Annual administration and progress report of the Indian Medical Department, Bombay
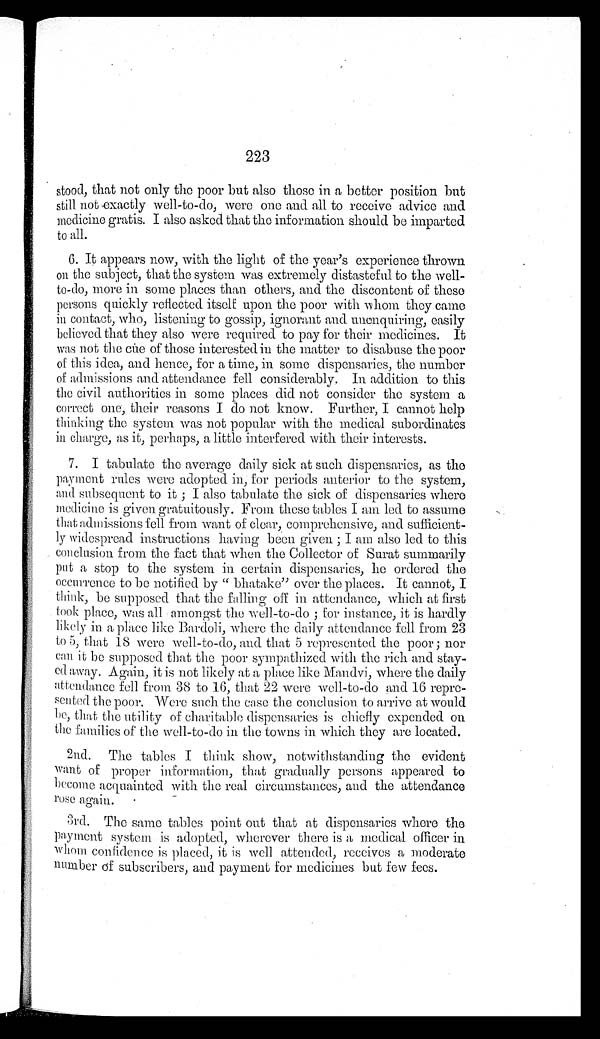
223
stood, that not only the poor but also those in a better position but
still not exactly well-to-do, were one and all to receive advice and
medicine gratis. I also asked that the information should be imparted
to all.
6. It appears now, with the light of the year's experience thrown
on the subject, that the system was extremely distasteful to the well-
to-do, more in some places than others, and the discontent of these
persons quickly reflected itself upon the poor with whom they came
in contact, who, listening to gossip, ignorant and unenquiring, easily
believed that they also were required to pay for their medicines. It
was not the cue of those interested in the matter to disabuse the poor
of this idea, and hence, for a time, in some dispensaries, the number
of admissions and attendance fell considerably. In addition to this
the civil authorities in some places did not consider the system a
correct one, their reasons I do not know. Further, I cannot help
thinking the system was not popular with the medical subordinates
in charge, as it, perhaps, a little interfered with their interests.
7. I tabulate the average daily sick at such dispensaries, as the
payment rules were adopted in, for periods anterior to the system,
and subsequent to it; I also tabulate the sick of dispensaries where
medicine is given gratuitously. From these tables I am led to assume
that admissions fell from want of clear, comprehensive, and sufficient
-
ly widespread instructions having been given; I am also led to this
conclusion from the fact that when the Collector of Surat summarily
put a stop to the system in certain dispensaries, he ordered the
occurrence to be notified by "bhatake" over the places. It cannot, I
think, be supposed that the falling off in attendance, which at first
took place, was all amongst the well-to-do; for instance, it is hardly
likely in a place like Bardoli, where the daily attendance fell from 23
to 5, that 18 were well-to-do, and that 5 represented the poor; nor
can it be supposed that the poor sympathized with the rich and stay
-
ed away. Again, it is not likely at a place like Mandvi, where the daily
attendance fell from 38 to 16, that 22 were well-to-do and 16 repre
-
sented the poor, Were such the c ase the conclusion to arrive at would
b e , t h a t t h e u t i l i t y o f c h a r i t a b l e d i s p e n s a r i e s i s c h i e f l y e x p e n d e d o n
the families of the well-to-do in the towns in which they are located.
2nd. The tables I think show, notwithstanding the evident
want of proper information, that gradually persons appeared to
become acquainted with the real circumstances, and the attendance
rose again.
3rd. The same tables point out that at dispensaries where the
payment system is adopted, wherever there is a medical officer in
whom confidence is placed, it is well attended, receives a moderate
number of subscribers, and payment for medicines but few fees.